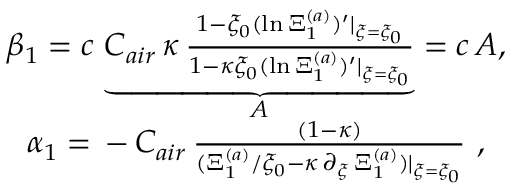
\begin{array} { r } { \beta _ { 1 } = c \, \underbrace { C _ { a i r } \, \kappa \, \frac { 1 - \xi _ { 0 } ( \ln { \Xi _ { 1 } ^ { ( a ) } } ) ^ { \prime } \vert _ { \xi = \xi _ { 0 } } } { 1 - \kappa \xi _ { 0 } ( \ln { \Xi _ { 1 } ^ { ( a ) } } ) ^ { \prime } \vert _ { \xi = \xi _ { 0 } } } } _ { A } = c \, A , } \\ { \alpha _ { 1 } = \, - \, C _ { a i r } \, \frac { ( 1 - \kappa ) } { ( \Xi _ { 1 } ^ { ( a ) } / \xi _ { 0 } - \kappa \, \partial _ { \xi } \, \Xi _ { 1 } ^ { ( a ) } ) \vert _ { \xi = \xi _ { 0 } } } \ , \ \ } \end{array}